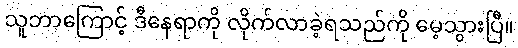
သူဘာကြောင့် ဒီနေရာကို လိုက်လာခဲ့ရသည်ကို မေ့သွားပြီ။